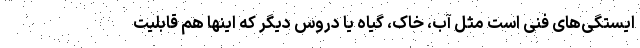
ایستگی‌های فنی است مثل آب، خاک، گیاه یا دروس دیگر که اینها هم قابلیت